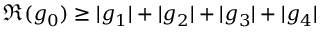
\Re ( g _ { 0 } ) \geq | g _ { 1 } | + | g _ { 2 } | + | g _ { 3 } | + | g _ { 4 } |